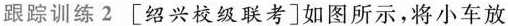
跟踪训练2[绍兴校级联考]如图所示，将小车放